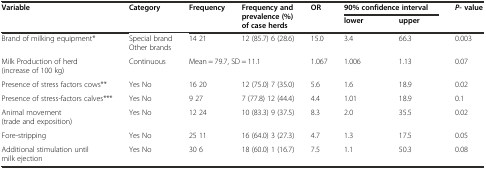
| <ROWSPAN=2> Variable | <ROWSPAN=2> Category | <ROWSPAN=2> Frequency | <ROWSPAN=2> Frequency and prevalence (%) of case herds | <ROWSPAN=2> OR | <COLSPAN=2> 90% confidence interval | <ROWSPAN=2> P- value |
 | lower | upper |
 | --- | --- | --- | --- | --- | --- | --- | --- |
 | Brand of milking equipment* | Special brand Other brands | 14 21 | 12 (85.7) 6 (28.6) | 15.0 | 3.4 | 66.3 | 0.003 |
 | Milk Production of herd (increase of 100 kg) | Continuous | <COLSPAN=2> Mean = 79.7, SD = 11.1 | 1.067 | 1.006 | 1.13 | 0.07 |
 | Presence of stress factors cows** | Yes No | 16 20 | 12 (75.0) 7 (35.0) | 5.6 | 1.6 | 18.9 | 0.02 |
 | Presence of stress-factors calves*** | Yes No | 9 27 | 7 (77.8) 12 (44.4) | 4.4 | 1.01 | 18.9 | 0.1 |
 | Animal movement (trade and exposition) | Yes No | 12 24 | 10 (83.3) 9 (37.5) | 8.3 | 2.0 | 35.5 | 0.02 |
 | Fore-stripping | Yes No | 25 11 | 16 (64.0) 3 (27.3) | 4.7 | 1.3 | 17.5 | 0.05 |
 | Additional stimulation until milk ejection | Yes No | 30 6 | 18 (60.0) 1 (16.7) | 7.5 | 1.1 | 50.3 | 0.08 |